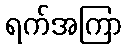
ရက်အကြာ